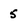
Character: 5